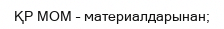
ҚР МОМ – материалдарынан;